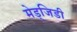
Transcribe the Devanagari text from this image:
मेड्जिडी